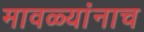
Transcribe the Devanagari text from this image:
मावळ्यांनाच